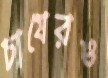
চাষেরও